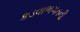
કડવાભગતની